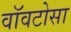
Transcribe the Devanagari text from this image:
वॉवटोसा